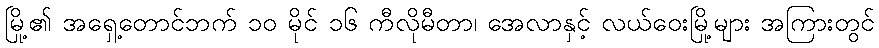
မြို့၏ အရှေ့တောင်ဘက် ၁၀ မိုင် ၁၆ ကီလိုမီတာ၊ အေလာနှင့် လယ်ဝေးမြို့များ အကြားတွင်